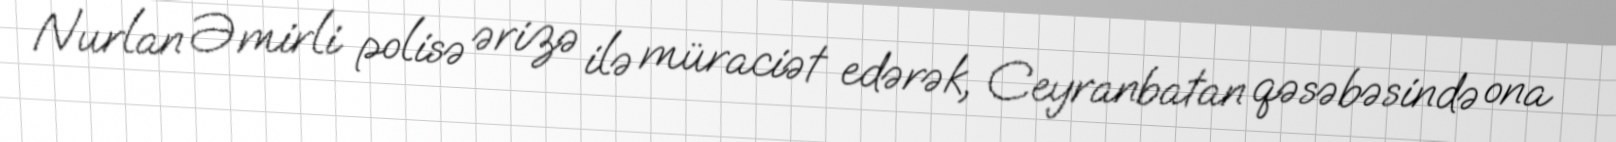
Nurlan Əmirli polisə ərizə ilə müraciət edərək, Ceyranbatan qəsəbəsində ona